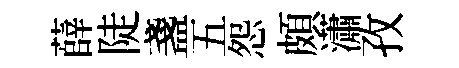
薛陡盞五怨頗瀟孜